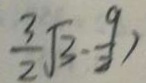
\frac { 3 } { 2 } \sqrt { 3 } - \frac { 9 } { 2 } )